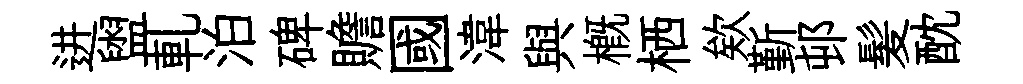
进盥軋泊碑贍國湋與概栖欸斳邨髪酖